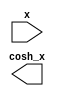
module CoshCalculator #(
    parameter WIDTH = 16,          // Total bit width of fixed-point number
    parameter FRAC_WIDTH = 8       // Number of fractional bits
)(
    input wire signed [WIDTH-1:0] x,         // Input value (fixed-point)
    output reg signed [WIDTH-1:0] cosh_x // Output value (fixed-point)
);

    // Internal signals
    wire signed [WIDTH-1:0] exp_x;
    wire signed [WIDTH-1:0] exp_neg_x;
    wire signed [WIDTH-1:0] sum_exp;
    
    // Exponentiation using Taylor series approximation for e^x
    function signed [WIDTH-1:0] exp_taylor;
        input signed [WIDTH-1:0] value;
        integer i;
        reg signed [WIDTH-1:0] term;
        reg signed [WIDTH-1:0] result;
        begin
            result = 0;
            term = 1; // The first term of the Taylor series (x^0)/0!
            for (i = 0; i < 10; i = i + 1) begin // 10 terms for approximation
                result = result + term;
                term = (term * value) >>> FRAC_WIDTH; // Multiply by x and shift right for fixed-point
                term = term / i; // Divide by i (factorial)
            end
            exp_taylor = result;
        end
    endfunction

    // Calculate e^x and e^{-x}
    assign exp_x = exp_taylor(x);
    assign exp_neg_x = exp_taylor(-x);

    // Calculate sum of e^x and e^{-x}
    assign sum_exp = exp_x + exp_neg_x;

    // Calculate cosh(x) = (e^x + e^{-x}) / 2
    always @(*) begin
        cosh_x = sum_exp >>> 1; // Right shift by 1 to divide by 2
    end

endmodule